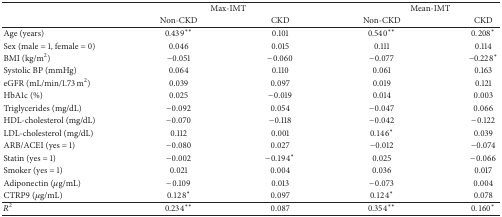
| <ROWSPAN=2>  | <COLSPAN=2> Max-IMT | <COLSPAN=2> Mean-IMT |
 | Non-CKD | CKD | Non-CKD | CKD |
 | --- | --- | --- | --- | --- |
 | Age (years) | 0.439∗∗ | 0.101 | 0.540∗∗ | 0.208∗ |
 | Sex (male = 1, female = 0) | 0.046 | 0.015 | 0.111 | 0.114 |
 | BMI (kg/m2) | −0.051 | −0.060 | −0.077 | −0.228∗ |
 | Systolic BP (mmHg) | 0.064 | 0.110 | 0.061 | 0.163 |
 | eGFR (mL/min/1.73 m2) | 0.039 | 0.097 | 0.019 | 0.121 |
 | HbA1c (%) | 0.025 | −0.019 | 0.014 | 0.003 |
 | Triglycerides (mg/dL) | −0.092 | 0.054 | −0.047 | 0.066 |
 | HDL-cholesterol (mg/dL) | −0.070 | −0.118 | −0.042 | −0.122 |
 | LDL-cholesterol (mg/dL) | 0.112 | 0.001 | 0.146∗ | 0.039 |
 | ARB/ACEI (yes = 1) | −0.080 | 0.027 | −0.012 | −0.074 |
 | Statin (yes = 1) | −0.002 | −0.194∗ | 0.025 | −0.066 |
 | Smoker (yes = 1) | 0.021 | 0.004 | 0.036 | 0.017 |
 | Adiponectin (μg/mL) | −0.109 | 0.013 | −0.073 | 0.004 |
 | CTRP9 (μg/mL) | 0.128∗ | 0.097 | 0.124∗ | 0.078 |
 | R2 | 0.234∗∗ | 0.087 | 0.354∗∗ | 0.160∗ |